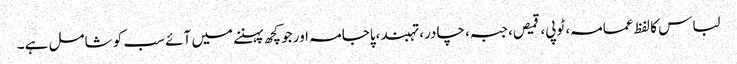
لباس کا لفظ عمامہ، ٹوپی، قمیص، جبہ، چادر، تہبند،پاجامہ اور جو کچھ پہننے میں آئے سب کو شامل ہے۔